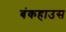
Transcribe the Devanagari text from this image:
बंकहाउस